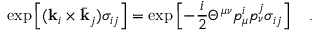
\mathrm { e x p } \left[ ( { \bf k } _ { i } \times { \bar { \bf k } } _ { j } ) \sigma _ { i j } \right] = \mathrm { e x p } \left[ - { \frac { i } { 2 } } \Theta ^ { \mu \nu } p _ { \mu } ^ { i } p _ { \nu } ^ { j } \sigma _ { i j } \right] \quad .